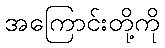
အကြောင်းတို့ကို